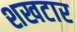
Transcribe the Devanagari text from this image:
शखटार